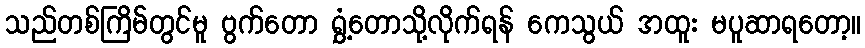
သည်တစ်ကြိမ်တွင်မူ ဗွက်တော ရွှံ့တောသို့လိုက်ရန် ကေသွယ် အထူး မပူဆာရတော့။